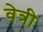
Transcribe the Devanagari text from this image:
वेत्री